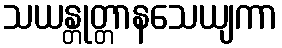
သယန္တုတ္တာနသေယျကာ